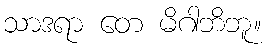
သာဒရာ တေ မိဂါဘိဘူ။